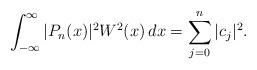
LaTeX: \begin{align*}\int_{-\infty}^\infty |P_n(x)|^2 W^2(x)\,dx = \sum_{j=0}^n |c_j|^2.\end{align*}